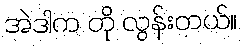
အဲဒါက တို လွန်းတယ်။